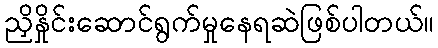
ညှိနှိုင်းဆောင်ရွက်မှုနေရဆဲဖြစ်ပါတယ်။